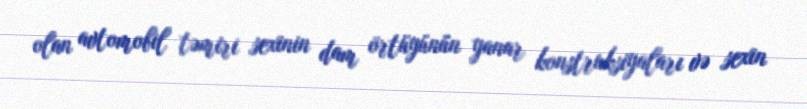
olan avtomobil təmiri sexinin dam örtüyünün yanar konstruksiyaları və sexin